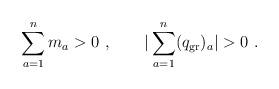
LaTeX: \begin{align*}\sum_{a=1}^{n} m_a > 0 \ , \qquad |\sum_{a=1}^{n} (q_{\rm gr}) _a| > 0 \ .\end{align*}